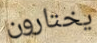
يختارون